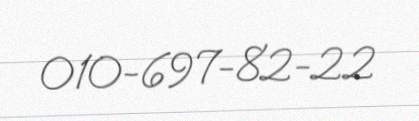
010-697-82-22